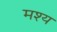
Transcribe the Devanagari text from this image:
मश्य